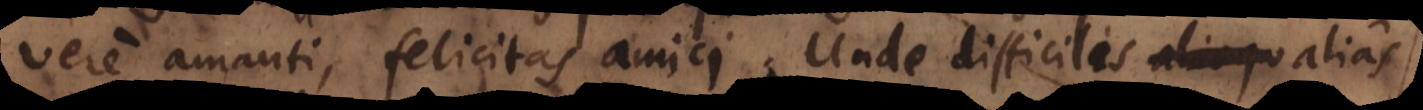
vere amanti felicitas amici, Unde difficilis aliqu